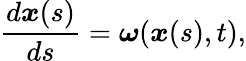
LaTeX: \frac{d\boldsymbol x(s)}{ds}=\boldsymbol{\omega}(\boldsymbol x(s),t),